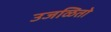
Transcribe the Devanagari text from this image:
उजळितो